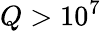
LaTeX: Q>10^{7}